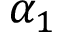
\alpha _ { 1 }